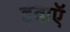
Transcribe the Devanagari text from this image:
हवाऍ